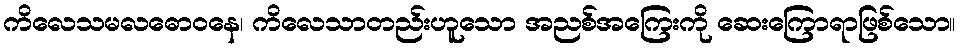
ကိလေသမလဓောဝနေ၊ ကိလေသာတည်းဟူသော အညစ်အကြေးကို ဆေးကြောရာဖြစ်သော။